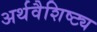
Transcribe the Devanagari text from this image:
अर्थवैशिष्ट्य